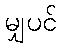
မျှပင်